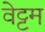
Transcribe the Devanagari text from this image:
वेट्टम